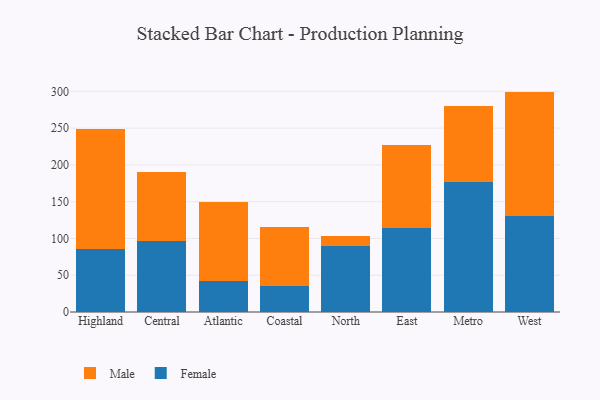
{"axis": {"x": "Region", "y": "Headcount"}, "legend": ["Female", "Male"], "data": [{"x": "Highland", "y": 85.9, "type": "Female"}, {"x": "Highland", "y": 163.5, "type": "Male"}, {"x": "Central", "y": 96.3, "type": "Female"}, {"x": "Central", "y": 94.0, "type": "Male"}, {"x": "Atlantic", "y": 41.6, "type": "Female"}, {"x": "Atlantic", "y": 108.1, "type": "Male"}, {"x": "Coastal", "y": 34.8, "type": "Female"}, {"x": "Coastal", "y": 81.2, "type": "Male"}, {"x": "North", "y": 90.4, "type": "Female"}, {"x": "North", "y": 13.5, "type": "Male"}, {"x": "East", "y": 114.2, "type": "Female"}, {"x": "East", "y": 112.4, "type": "Male"}, {"x": "Metro", "y": 176.2, "type": "Female"}, {"x": "Metro", "y": 104.6, "type": "Male"}, {"x": "West", "y": 130.9, "type": "Female"}, {"x": "West", "y": 168.8, "type": "Male"}]}